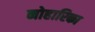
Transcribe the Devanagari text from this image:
नोहारिका